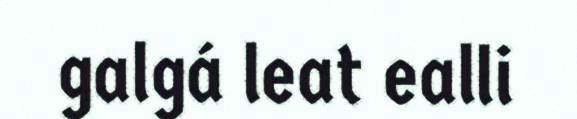
galgá leat ealli